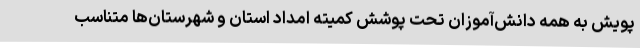
پویش به همه دانش‌آموزان تحت پوشش کمیته امداد استان و شهرستان‌ها متناسب